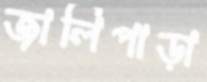
জালিপাড়া